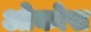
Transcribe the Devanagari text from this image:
ओकोस